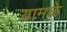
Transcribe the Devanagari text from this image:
यामळे